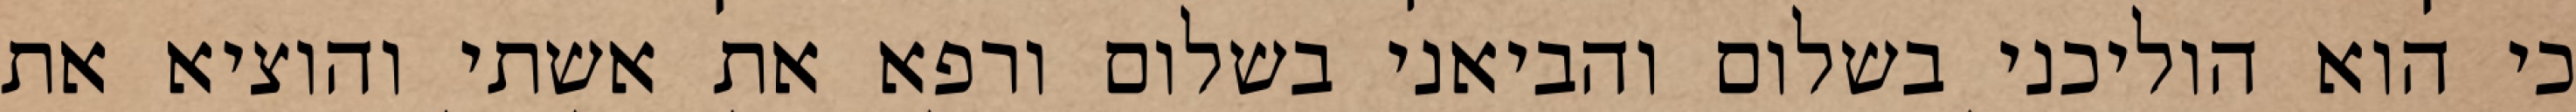
כי הוא הוליכני בשלום והביאני בשלום ורפא את אשתי והוציא את